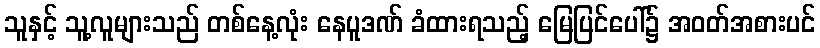
သူနှင့် သူ့လူများသည် တစ်နေ့လုံး နေပူဒဏ် ခံထားရသည့် မြေပြင်ပေါ်၌ အဝတ်အစားပင်